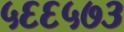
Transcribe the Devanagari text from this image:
५६६५७३